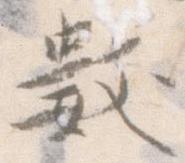
数